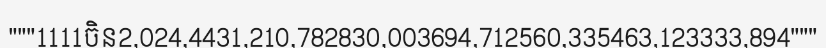
"""1111ចិន2,024,4431,210,782830,003694,712560,335463,123333,894"""